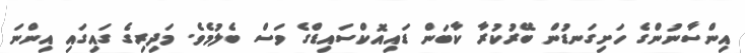
އިންސާނުންގެ ހަށިގަނޑުން ބޭރުކުރާ ކާބަން ޑައިއޮކްސައިޑްގެ ވަސް ބެލުމެވެ. މަދިރިގެ ގައިގައި އިންނަ